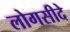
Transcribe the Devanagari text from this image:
लोगसीदे